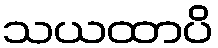
သယထာပိ